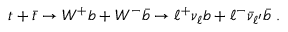
t + \bar { t } \to W ^ { + } b + W ^ { - } { \bar { b } } \to \ell ^ { + } \nu _ { \ell } b + \ell ^ { - } \bar { \nu } _ { \ell ^ { \prime } } \bar { b } \, \, .